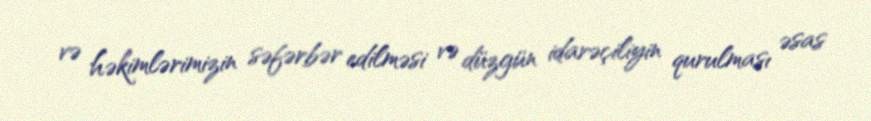
və həkimlərimizin səfərbər edilməsi və düzgün idarəçiliyin qurulması əsas